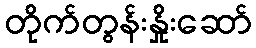
တိုက်တွန်းနှိုးဆော်